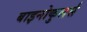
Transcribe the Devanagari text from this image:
बाइनोकुलर्स